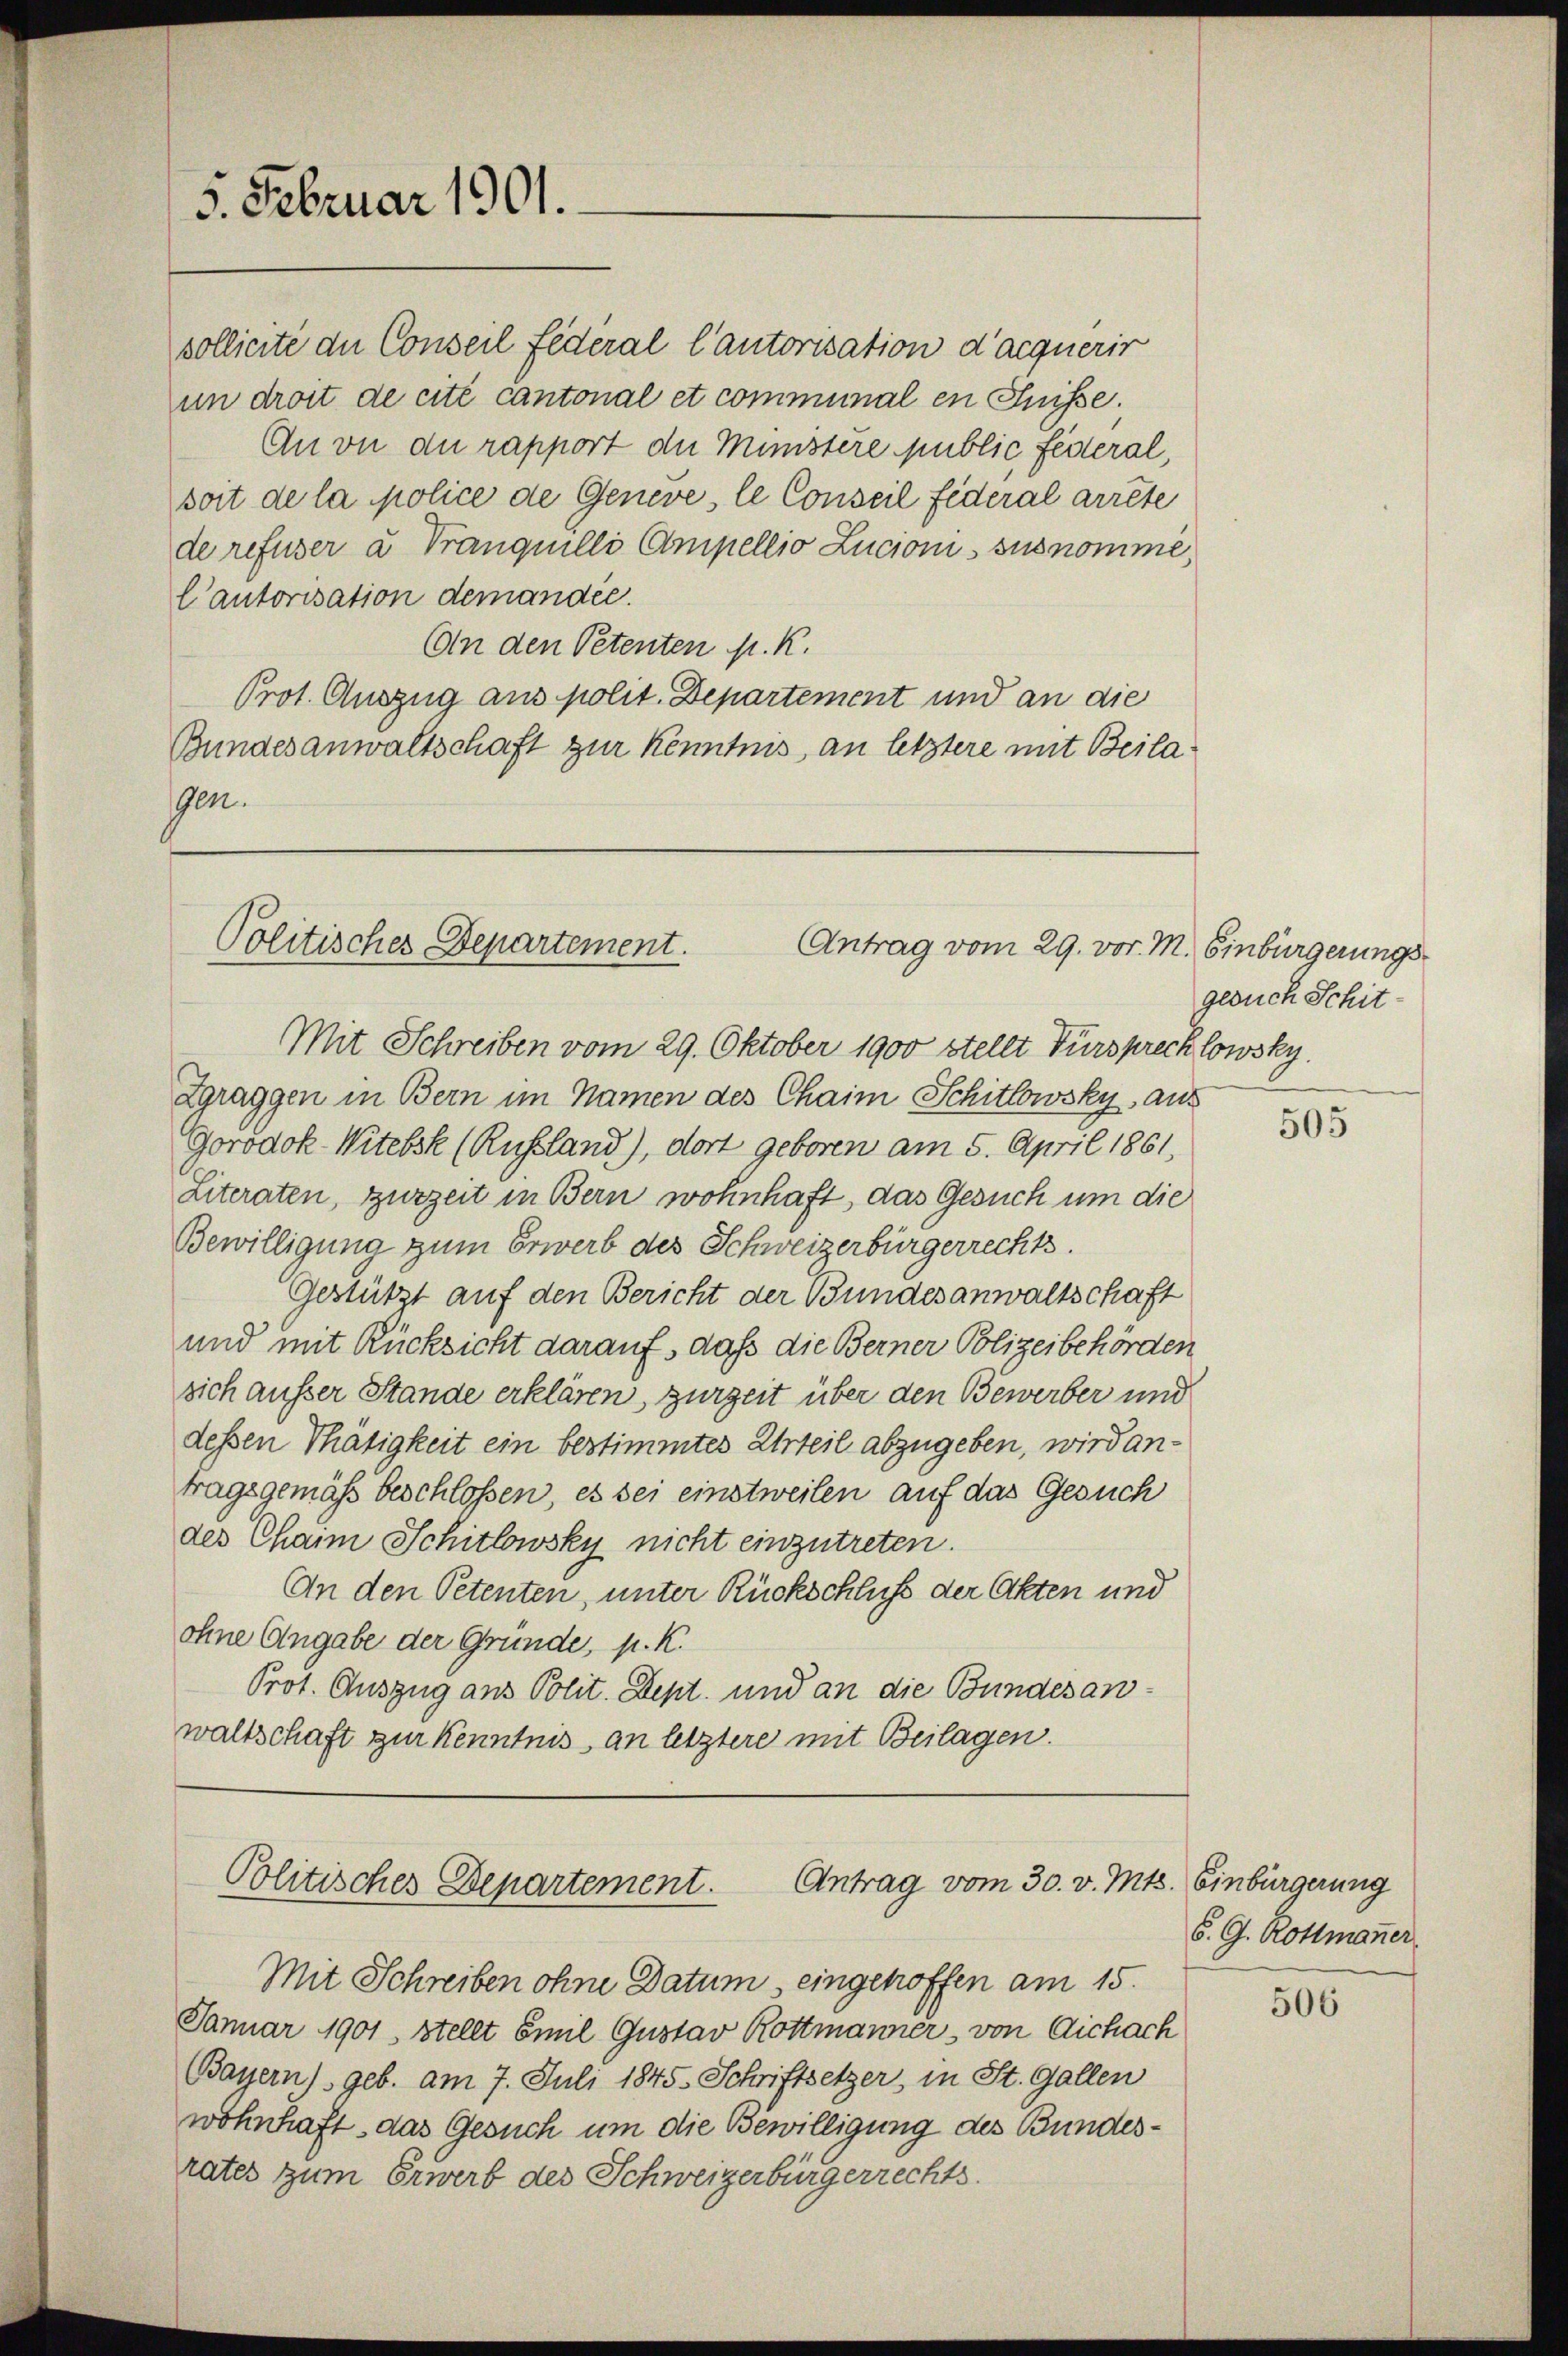
5. Februar 1901.

sollierte der Conseil Federal Cantorisation d’acquerir
un droit de cité cantonal et communal en Suisse.
An vn die rapport die Münstere public Federal,
soit de la police de Geneve le Conseil Federal arrete
de refuser u Tranquilli Ampellio Lucionis sus nomme.
C’autorisation demandée.
Ain den Petenten K. K.
Prot. Auszug aus polit. Departement und an die
Bundesanwaltschaft zur Kenntnis, an letztere mit Beilagen.

Politisches Departement.
Antrag vom 29. vor. M. Einbürgerungs¬

Mit Schreiben vom 29. Oktober 1900 stellt Fürsprecklowsky.
Zgraggen in Bern im Namen des Chaim Schitlowsky, aus
Gorodok-Witebsk (Russland), dort geboren am 5. April 1861,
Literaten, zurzeit in Bern wohnhaft, das Gesuch um die
Bewilligung zum Erwerb des Schweizerbürgerrechts
Gestützt auf den Bericht der Bundesanwaltschaft
und mit Rücksicht darauf, daß die Berner Polizeibehörden
sich ausser Stande erklären, zurzeit über den Bewerber und
dessen Thätigkeit ein bestimmtes Urteil abzugeben, wird antragsgemäß beschlossen, es sei einstweilen auf das Gesuch
des Chann Schitlowsky nicht einzutreten.
An den Petenten, unter Rückschluß der Akten und
ohne Angabe der Gründe, p. K.
Prot. Auszug aus Polit. Dept. und an die Bundesanwaltschaft zur Kenntnis, an letztere mit Beilagen.

Politisches Departement. Antrag vom 30. v. Mts.

Mit Schreiben ohne Datum, eingehoffen am 15.
Januar 1901, stellt Emil Gustav Rottmanner, von Aichach
Bayern) geb. am 7. Juli 1845. Schriftsetzer, in St. Gallen
wohnhaft, das Gesuch um die Bewilligung des Bundesrates zum Erwerb des Schweizerbürgerrechts.

gesuch Schit¬

505

Einbürgerung
S. G. Rottmanner

506